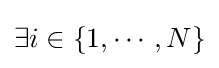
\exists i\in \{1,\cdots ,N\}